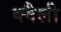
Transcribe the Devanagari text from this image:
क्वैली